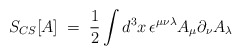
\begin{align*}S_{CS}[A]\;=\;\frac{1}{2}\int d^3x\,\epsilon^{\mu\nu\lambda} A_\mu\partial_\nu A_\lambda\end{align*}